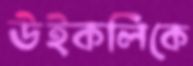
উইকলিকে